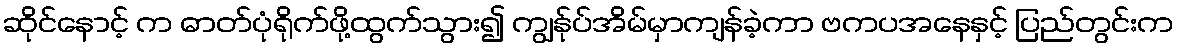
ဆိုင်နောင့် က ဓာတ်ပုံရိုက်ဖို့ထွက်သွား၍ ကျွန်ုပ်အိမ်မှာကျန်ခဲ့ကာ ဗကပအနေနှင့် ပြည်တွင်းက